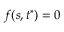
f ( s , t ^ { * } ) = 0